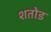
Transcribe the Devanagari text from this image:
शतोड